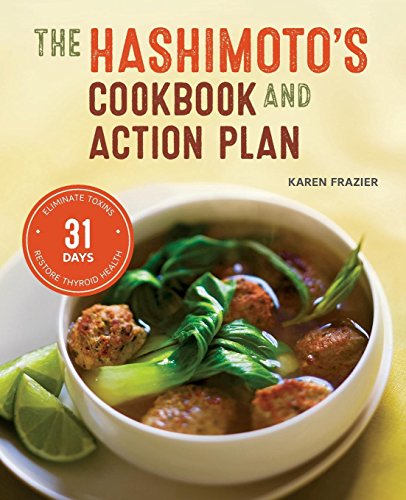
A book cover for Hashimoto's Cookbook and Action Plan: 31 Days to Eliminate Toxins and Restore Thyroid Health Through Diet; Karen Frazier; Cookbooks, Food & Wine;